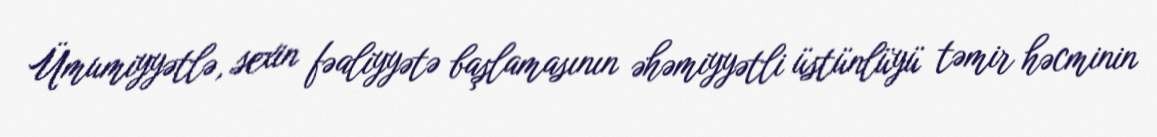
Ümumiyyətlə, sexin fəaliyyətə başlamasının əhəmiyyətli üstünlüyü təmir həcminin